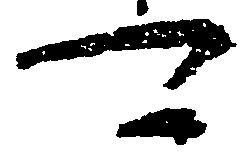
可